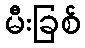
မီးခြစ်